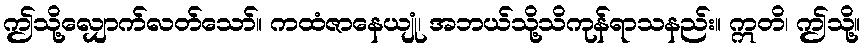
ဤသို့လျှောက်လတ်သော်။ ကထံဇာနေယျုံ၊ အဘယ်သို့သိကုန်ရာသနည်း။ ဣတိ၊ ဤသို့။